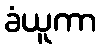
ခံယူကာ